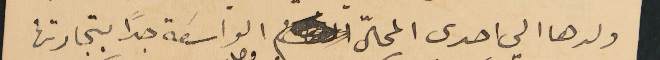
ولدها الي احدى المحاّل الواسَعة جدًا بتجارتها